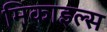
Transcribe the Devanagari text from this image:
मिकाइल्स